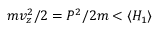
m v _ { z } ^ { 2 } / 2 = P ^ { 2 } / 2 m < \langle H _ { 1 } \rangle